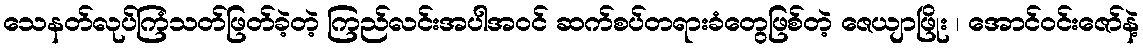
သေနတ်လုပ်ကြံသတ်ဖြတ်ခဲ့တဲ့ ကြည်လင်းအပါအဝင် ဆက်စပ်တရားခံတွေဖြစ်တဲ့ ဇေယျာဖြိုး ၊ အောင်ဝင်းဇော်နဲ့